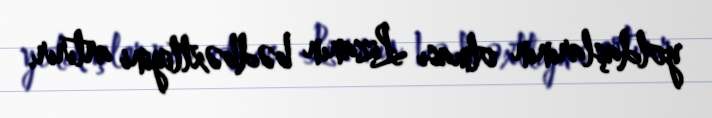
yoldaşlarının olması Lizanın bədbəxtliyini artırır.